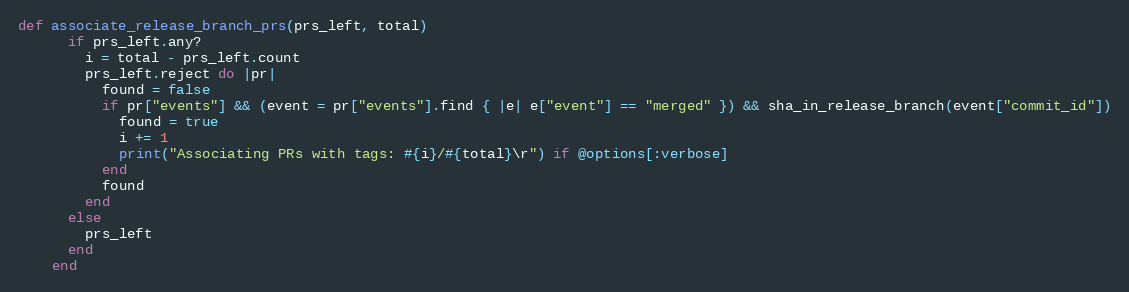
Language: Ruby
def associate_release_branch_prs(prs_left, total)
      if prs_left.any?
        i = total - prs_left.count
        prs_left.reject do |pr|
          found = false
          if pr["events"] && (event = pr["events"].find { |e| e["event"] == "merged" }) && sha_in_release_branch(event["commit_id"])
            found = true
            i += 1
            print("Associating PRs with tags: #{i}/#{total}\r") if @options[:verbose]
          end
          found
        end
      else
        prs_left
      end
    end